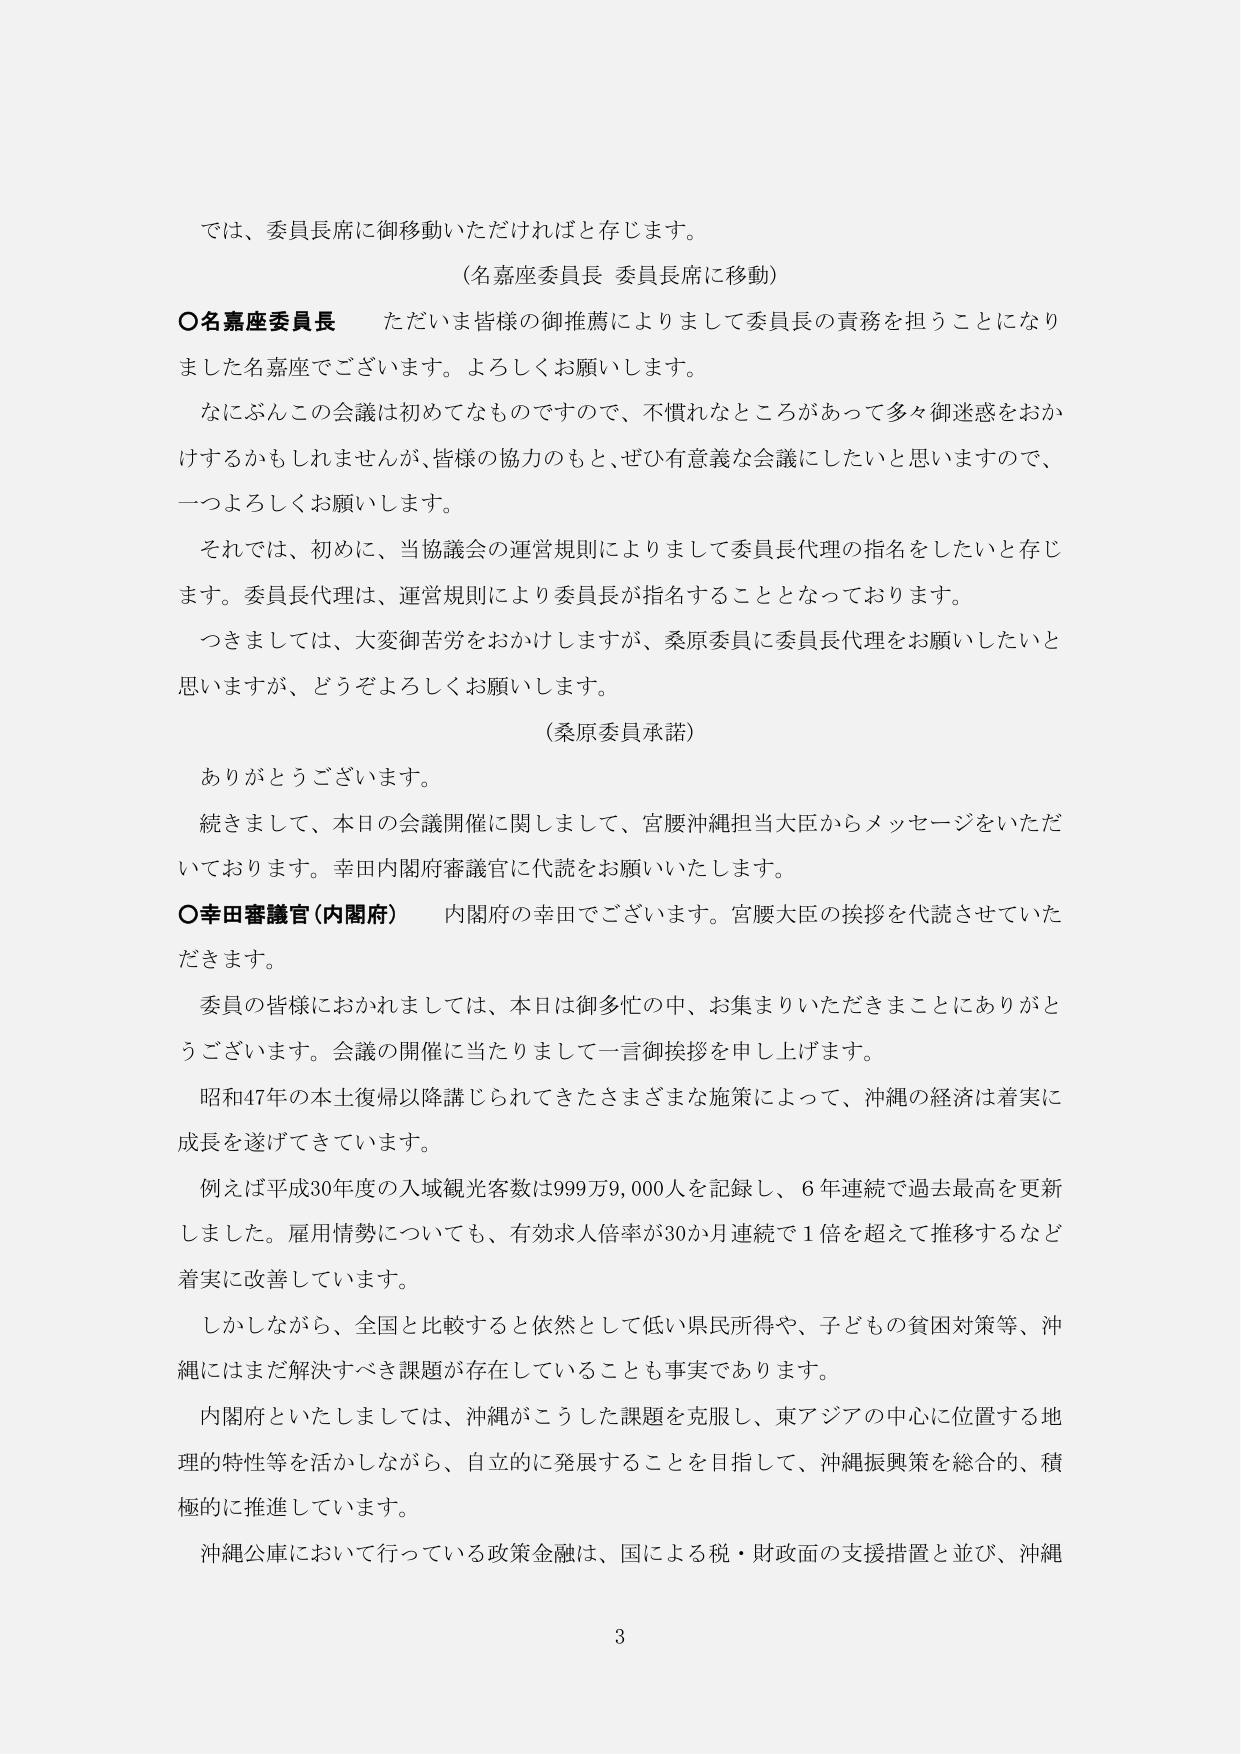
では、委員長席に御移動いただければと存じます。

（名嘉座委員長 委員長席に移動）

〇名嘉座委員長 ただいま皆様の御推薦によりまして委員長の責務を担うことになりました名嘉座でございます。よろしくお願いします。

なにぶんこの会議は初めてなものですので、不慣れなところがあって多々御迷惑をおかけするかもしれませんが、皆様の協力のもと、ぜひ有意義な会議にしたいと思いますので、一つよろしくお願いします。

それでは、初めに、当協議会の運営規則によりまして委員長代理の指名をしたいと存じます。委員長代理は、運営規則により委員長が指名することとなっております。

つきましては、大変御苦労をおかけしますが、桑原委員に委員長代理をお願いしたいと思いますが、どうぞよろしくお願いします。

（桑原委員承諾）

ありがとうございます。

続きまして、本日の会議開催に関しまして、宮腰沖縄担当大臣からメッセージをいただいております。幸田内閣府審議官に代読をお願いいたします。

〇幸田審議官（内閣府） 内閣府の幸田でございます。宮腰大臣の挨拶を代読させていただきます。

委員の皆様におかれましては、本日は御多忙の中、お集まりいただきまことにありがとうございます。会議の開催に当たりまして一言御挨拶を申し上げます。

昭和47年の本土復帰以降講じられてきたさまざまな施策によって、沖縄の経済は着実に成長を遂げてきています。

例えば平成30年度の入域観光客数は999万9,000人を記録し、6年連続で過去最高を更新しました。雇用情勢についても、有効求人倍率が30か月連続で1倍を超えて推移するなど着実に改善しています。

しかしながら、全国と比較すると依然として低い県民所得や、子どもの貧困対策等、沖縄にはまだ解決すべき課題が存在していることも事実であります。

内閣府といたしましては、沖縄がこうした課題を克服し、東アジアの中心に位置する地理的特性等を活かしながら、自立的に発展することを目指して、沖縄振興策を総合的、積極的に推進しています。

沖縄公庫において行っている政策金融は、国による税・財政面の支援措置と並び、沖縄

3